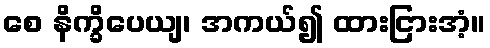
စေ နိက္ခိပေယျ၊ အကယ်၍ ထားငြားအံ့။